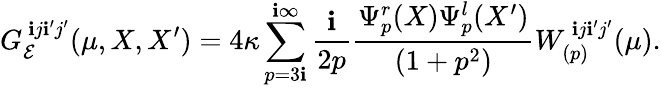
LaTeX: G_{\mathcal{E}}^{\ \mathbf{i}j\mathbf{i}^{\prime}j^{\prime}}(\mu,X,X^{\prime})=4\kappa\sum_{p=3\mathbf{i}}^{\mathbf{i}\infty}\frac{{\mathbf{i}}}{{2p}}\frac{{\Psi_{p}^{r}(X)\Psi_{p}^{l}(X^{\prime})}}{{(1+p^{2})}}W_{(p)}^{\ \mathbf{i}j\mathbf{i}^{\prime}j^{\prime}}(\mu).